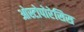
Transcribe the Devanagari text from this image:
ओस्टोपोरेसिस